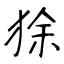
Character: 狳